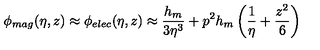
\phi _ { m a g } ( \eta , z ) \approx \phi _ { e l e c } ( \eta , z ) \approx \frac { h _ { m } } { 3 \eta ^ { 3 } } + p ^ { 2 } h _ { m } \left( \frac 1 \eta + \frac { z ^ { 2 } } 6 \right)